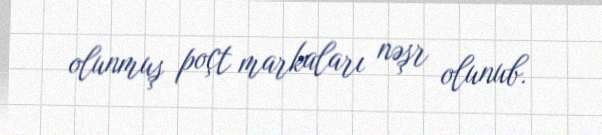
olunmuş poçt markaları nəşr olunub.